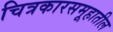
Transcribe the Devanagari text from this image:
चित्रकारसमूहातील